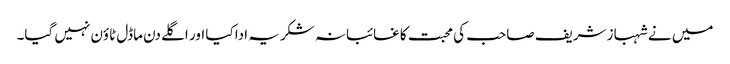
میں نے شہباز شریف صاحب کی محبت کا غائبانہ شکریہ ادا کیا اور اگلے دن ماڈل ٹاؤن نہیں گیا۔